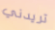
تريدني